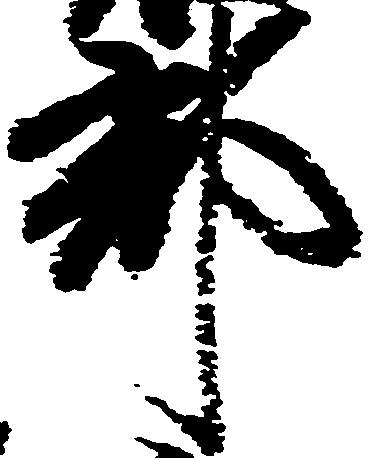
郡